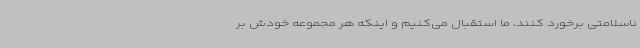
ناسلامتی برخورد کنند، ما استقبال می‌کنیم و اینکه هر مجموعه خودش بر